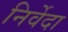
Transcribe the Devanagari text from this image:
निर्वेदा